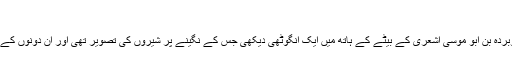
“[1]
ابن ابی الدنیا نے ایک اور سند سے بیان کیا ہے کہ ”ابو الزناد نے فرمایا: میں نے ابوبردہ بن ابو موسیٰ اشعری کے بیٹے کے ہاتھ میں ایک انگوٹھی دیکھی جس کے نگینے پر شیروں کی تصویر تھی اور ان دونوں کے درمیان میں ایک شخص ہے اور وہ دونوں شیر اس شخص کے پاؤں چاٹ رہے ہیں۔